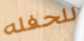
للحفله